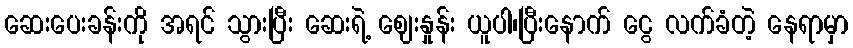
ဆေးပေးခန်းကို အရင် သွားပြီး ဆေးရဲ့ ဈေးနှုန်း ယူပါ၊ပြီးနောက် ငွေ လက်ခံတဲ့ နေရာမှာ